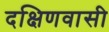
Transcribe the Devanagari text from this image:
दक्षिणवासी